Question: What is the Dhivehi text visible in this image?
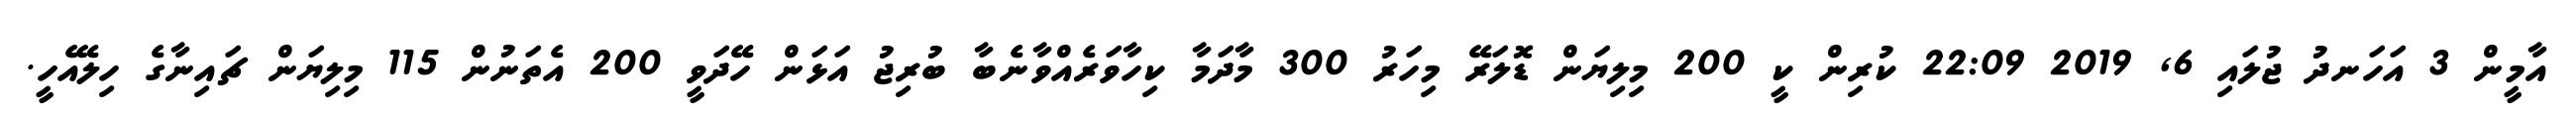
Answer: އާމީން 3 އަހަނދު ޖުލައި 6, 2019 22:09 ކުރިން ކީ 200 މިލިޔަން ޑޮލަރޭ މިހަރު 300 މާދަމާ ކިހާވަރެއްވާނެބާ ބުރިޖު އަޅަން ހޭދަވީ 200 އެތަނުން 115 މިލިޔަން ޗައިނާގެ ހިލޭއެހީ.